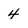
Character: 4